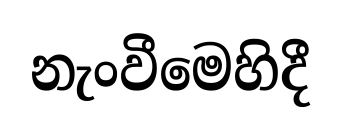
නැංවීමෙහිදී